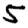
Digit: 5